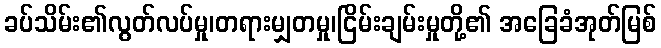
ခပ်သိမ်း၏လွတ်လပ်မှု၊တရားမျှတမှု၊ငြိမ်းချမ်းမှုတို့၏ အခြေခံအုတ်မြစ်